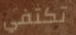
تكتفي